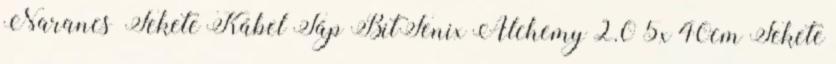
Narancs Fekete Kábel Táp BitFenix Alchemy 2.0 5x 40cm Fekete